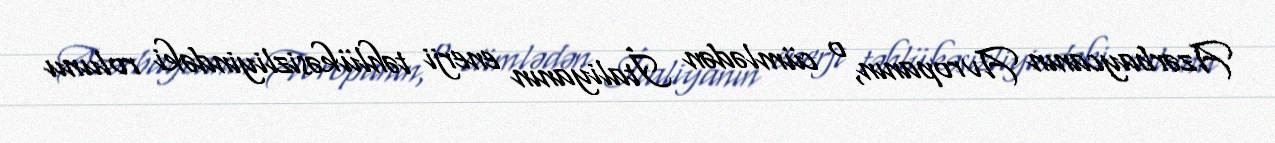
Azərbaycanın Avropanın, o cümlədən İtaliyanın enerji təhlükəsizliyindəki rolunu